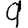
Digit: 9